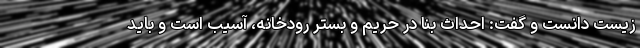
زیست دانست و گفت: احداث بنا در حریم و بستر رودخانه، آسیب است و باید